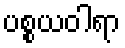
ပစ္စယဝါရာ